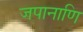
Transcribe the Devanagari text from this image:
जपानाणि